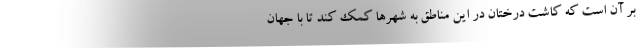
بر آن است که کاشت درختان در این مناطق به شهرها کمک کند تا با جهان